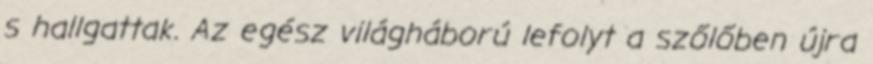
s hallgattak. Az egész világháború lefolyt a szőlőben újra